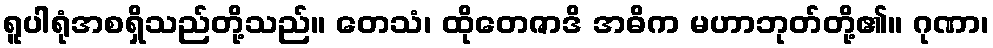
ရူပါရုံအစရှိသည်တို့သည်။ တေသံ၊ ထိုတေဇာဒိ အဓိက မဟာဘုတ်တို့၏။ ဂုဏာ၊